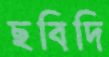
ছবিদি